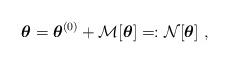
LaTeX: \begin{align*}\boldsymbol{\theta} = \boldsymbol{\theta}^{(0)} + \mathcal{M} [ \boldsymbol{\theta} ] =: \mathcal{N} [\boldsymbol{\theta} ] \ , \end{align*}